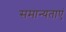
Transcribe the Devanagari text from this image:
समान्यताएं